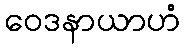
ဝေဒနာယာဟံ